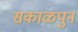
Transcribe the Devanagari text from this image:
सकाळपुन